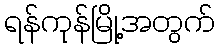
ရန်ကုန်မြို့အတွက်